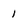
Character: 1